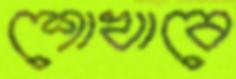
শোখাবে